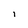
Character: i